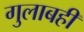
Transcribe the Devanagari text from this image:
गुलाबही